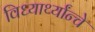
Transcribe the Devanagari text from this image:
विध्यार्थ्यांन्चे